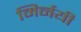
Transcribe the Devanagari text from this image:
मिर्नयी